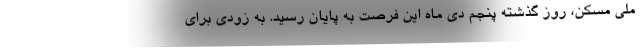
ملی مسکن، روز گذشته پنجم دی ماه این فرصت به پایان رسید. به زودی برای